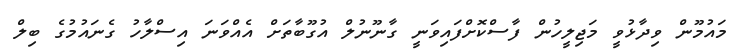
މައުމޫން ވިދާޅުވީ މަޖިލީހުން ފާސްކޮށްފައިވަނީ ގާނޫނުލް އުގޫބާތަށް އެއްވަނަ އިސްލާހު ގެނައުމުގެ ބިލް